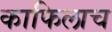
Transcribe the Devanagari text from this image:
काफिलाच